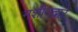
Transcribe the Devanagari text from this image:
मशीनद्वारे